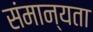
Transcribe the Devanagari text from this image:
संमान्यता